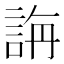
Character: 𮘍